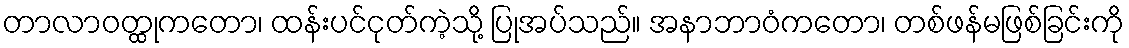
တာလာဝတ္ထုကတော၊ ထန်းပင်ငုတ်ကဲ့သို့ ပြုအပ်သည်။ အနာဘာဝံကတော၊ တစ်ဖန်မဖြစ်ခြင်းကို